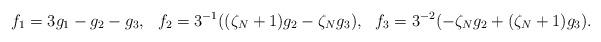
LaTeX: \begin{align*} f_1 &= 3g_1-g_2-g_3, & f_2 &=3^{-1}((\zeta_N+1)g_2-\zeta_Ng_3), & f_3 &=3^{-2}(-\zeta_Ng_2+(\zeta_N+1)g_3).\end{align*}